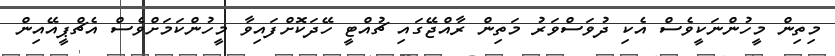
މިތިން މީހުންނަކީވެސް އެކި ދުވަސްވަރު މަތިން ރާއްޖޭގައި ޗުއްޓީ ހޭދަކޮށްފައިވާ މީހުންކަމަށްވެސް އެޗްޕީއޭއިން